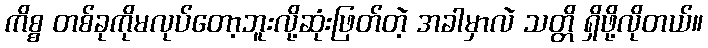
ကိစ္စ တစ်ခုကိုမလုပ်တော့ဘူးလို့ဆုံးဖြတ်တဲ့ အခါမှာလဲ သတ္တိ ရှိဖို့လိုတယ်။